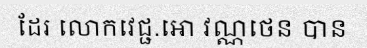
ដែរ លោកវេជ្ជ.អោ វណ្ណថេន បាន